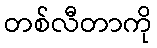
တစ်လီတာကို